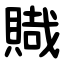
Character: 賳